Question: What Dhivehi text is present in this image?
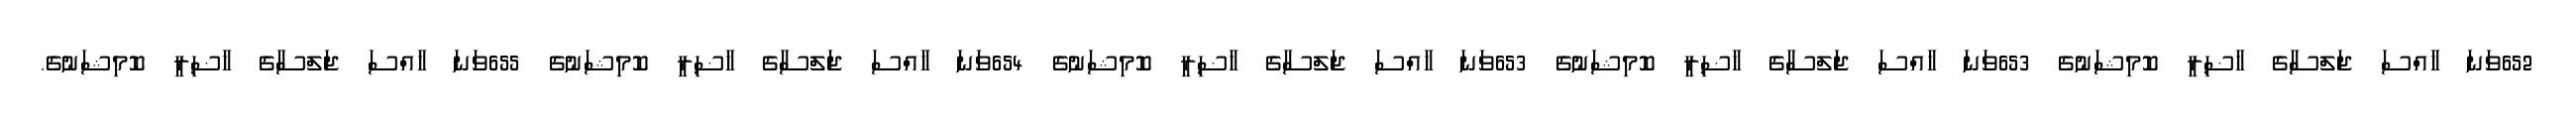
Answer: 652ވަނަ ޚާއްސަ ޖަލްސާގެ ހާޟިރީ ކޮމިޝަނުގެ 653ވަނަ ޚާއްސަ ޖަލްސާގެ ހާޟިރީ ކޮމިޝަނުގެ 653ވަނަ ޚާއްސަ ޖަލްސާގެ ހާޟިރީ ކޮމިޝަނުގެ 654ވަނަ ޚާއްސަ ޖަލްސާގެ ހާޟިރީ ކޮމިޝަނުގެ 655ވަނަ ޚާއްސަ ޖަލްސާގެ ހާޟިރީ ކޮމިޝަނުގެ.